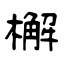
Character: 檞